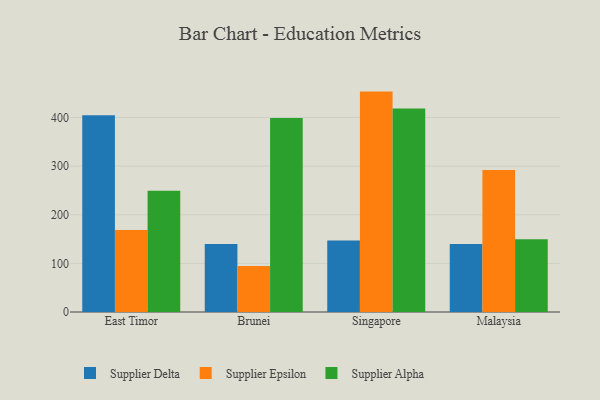
{"axis": {"x": "Country", "y": "Satisfaction Score"}, "legend": ["Supplier Alpha", "Supplier Delta", "Supplier Epsilon"], "data": [{"x": "East Timor", "y": 404.5, "type": "Supplier Delta"}, {"x": "East Timor", "y": 168.5, "type": "Supplier Epsilon"}, {"x": "East Timor", "y": 249.4, "type": "Supplier Alpha"}, {"x": "Brunei", "y": 139.7, "type": "Supplier Delta"}, {"x": "Brunei", "y": 94.4, "type": "Supplier Epsilon"}, {"x": "Brunei", "y": 399.2, "type": "Supplier Alpha"}, {"x": "Singapore", "y": 147.1, "type": "Supplier Delta"}, {"x": "Singapore", "y": 453.3, "type": "Supplier Epsilon"}, {"x": "Singapore", "y": 418.3, "type": "Supplier Alpha"}, {"x": "Malaysia", "y": 139.8, "type": "Supplier Delta"}, {"x": "Malaysia", "y": 292.1, "type": "Supplier Epsilon"}, {"x": "Malaysia", "y": 149.5, "type": "Supplier Alpha"}]}